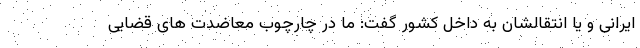
ایرانی و یا انتقالشان به داخل کشور گفت: ما در چارچوب معاضدت های قضایی